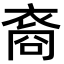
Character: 裔